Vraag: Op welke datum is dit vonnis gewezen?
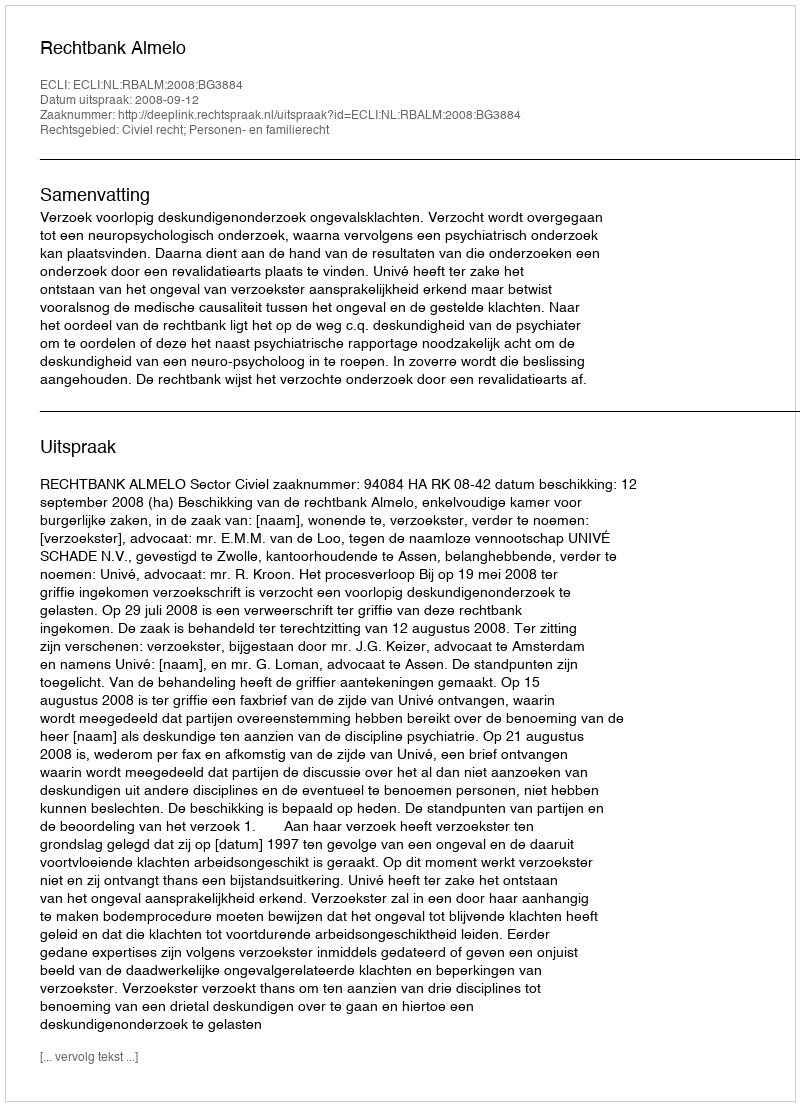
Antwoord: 2008-09-12